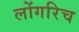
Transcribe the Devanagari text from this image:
लोंगरिच